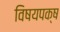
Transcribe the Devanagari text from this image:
विषयपक्ष